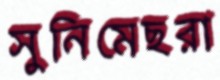
সুনিমেছরা